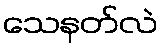
သေနတ်လဲ